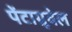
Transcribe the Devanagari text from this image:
पेंटाग्रूवेल